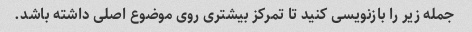
جمله زیر را بازنویسی کنید تا تمرکز بیشتری روی موضوع اصلی داشته باشد.